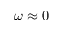
\omega \approx 0